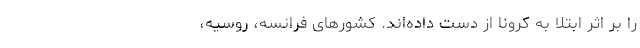
را بر اثر ابتلا به کرونا از دست داده‌اند. کشورهای فرانسه، روسیه،